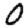
Digit: 0